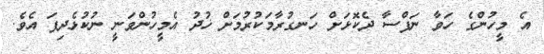
އެ މީހުންގެ ހަވާ ނަފްސާ ދެކޮޅަށް ހަނގުރާމަކުރުމަށް ޚުދު އެމީހުންވަނީ ނުކުޅެދިފަ އެވެ.